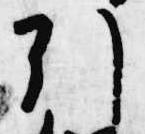
引